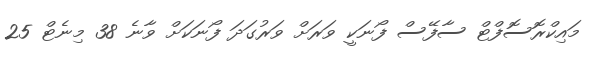
މައިކްރޮސޮފްޓް ސާފޭސް ފޯނަކީ ވަރަށް ވަރުގަދަ ފޯނަކަށް ވާނެ 38 މިނެޓް 25